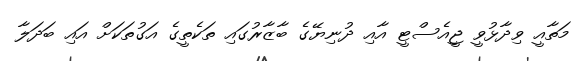
މަތާއީ ވިދާޅުވީ ޖީއެސްޓީ އާއި ދުނިޔޭގެ ބާޒާރުގައި ތަކެތީގެ އަގުތަކަށް އައި ބަދަލާ